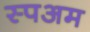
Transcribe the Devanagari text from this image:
स्पअम